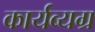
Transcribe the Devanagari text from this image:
कार्यव्यग्र